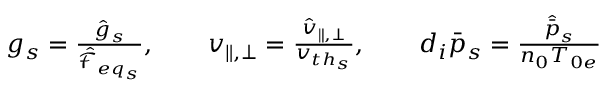
\begin{array} { r } { g _ { s } = \frac { \hat { g } _ { s } } { \hat { \mathcal { F } } _ { { e q } _ { s } } } , \qquad v _ { \parallel , \perp } = \frac { \hat { v } _ { \parallel , \perp } } { v _ { { t h } _ { s } } } , \qquad d _ { i } \bar { p } _ { s } = \frac { \hat { \bar { p } } _ { s } } { n _ { 0 } T _ { 0 e } } } \end{array}